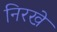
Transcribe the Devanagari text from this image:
निरखे